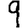
Digit: 9